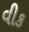
વીક